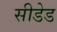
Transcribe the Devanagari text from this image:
सीडेड